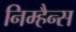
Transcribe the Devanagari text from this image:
निम्हैन्स